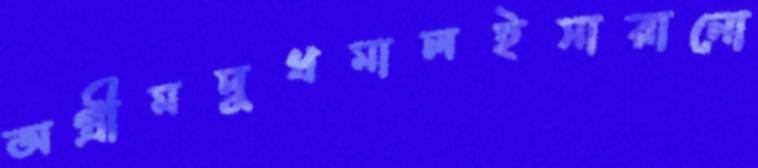
অগ্রীমদুধমালইসারানো